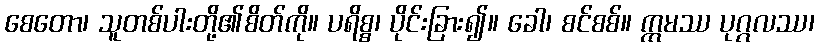
စေတော၊ သူတစ်ပါးတို့၏စိတ်ကို။ ပရိစ္စ၊ ပိုင်းခြား၍။ ခေါ၊ စင်စစ်။ ဣမဿ ပုဂ္ဂလဿ၊